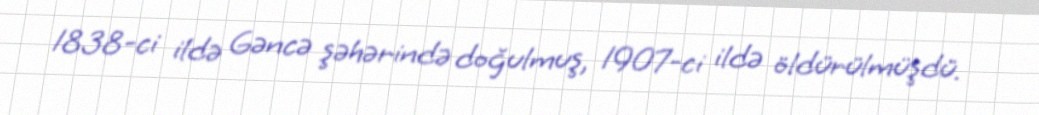
1838-ci ildə Gəncə şəhərində doğulmuş, 1907-ci ildə öldürülmüşdü.